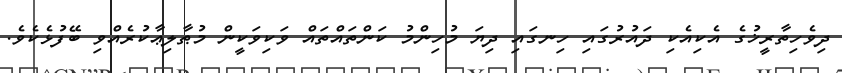
ދިވެހިތާރީޚުގެ އެކިއެކި ދައުރުގައި ހިނގައި ދިޔަ މުހިންމު ކަންތައްތައް ވަކިވަކީން މުޠާލިޢާކުރެއްވި ބޭފުޅެކެވެ.